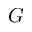
G